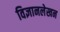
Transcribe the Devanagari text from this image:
विज्ञानलेखन